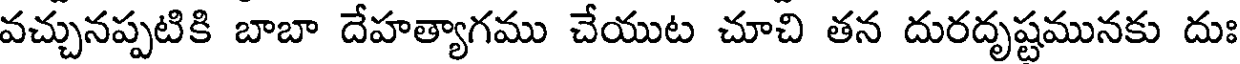
వచ్చునప్పటికి బాబా దేహత్యాగము చేయుట చూచి తన దురదృష్టమునకు దుః